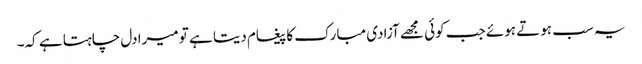
یہ سب ہوتے ہوئے جب کوئی مجھے آزادی مبارک کا پیغام دیتا ہے تو میرا دل چاہتا ہے کہ۔